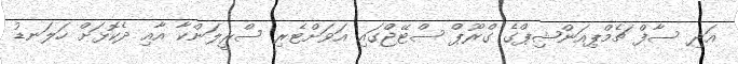
އަދި ސާފް ޗެމްޕިއަންޝިޕްގެ ގްރޫޕް ސްޓޭޖްގައި އަވަށްޓެރި ސްރީލަންކާ އާއި ދެކޮޅަށް ހަލަނޑު